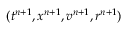
( t ^ { n + 1 } , x ^ { n + 1 } , v ^ { n + 1 } , r ^ { n + 1 } )